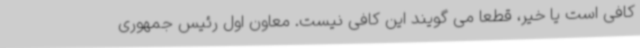
کافی است یا خیر، قطعاً می گویند این کافی نیست. معاون اول رئیس جمهوری